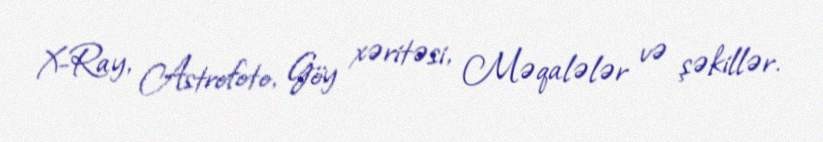
X-Ray, Astrofoto, Göy xəritəsi, Məqalələr və şəkillər.